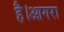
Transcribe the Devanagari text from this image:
है।आगरा